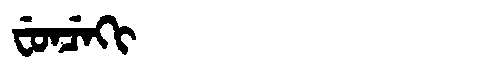
Manchu: ᠸᡠᠨᠴᡝᡴᡳ
Romanization: FUNCEKI